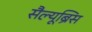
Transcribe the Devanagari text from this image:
सैल्यूब्रिस